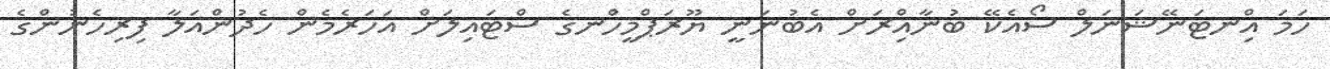
ހަމަ އިްނޓަނޭޝަނަލް ސޯއެކޭ ބުނާއްިރަށް އެބުނަނީ ޔޫރަޕްމީހުްނގެ ސްޓައިލަށް އަހަރެމެން ހެދުންއަލާ ފިރިހެނުންގެ